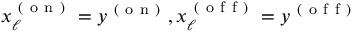
x _ { \ell } ^ { \mathrm { ~ ( ~ o ~ n ~ ) ~ } } = y ^ { \mathrm { ~ ( ~ o ~ n ~ ) ~ } } , x _ { \ell } ^ { \mathrm { ~ ( ~ o ~ f ~ f ~ ) ~ } } = y ^ { \mathrm { ~ ( ~ o ~ f ~ f ~ ) ~ } }